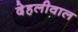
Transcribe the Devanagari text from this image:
देहलीवाल